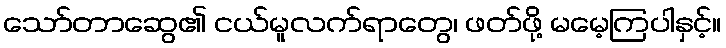
သော်တာဆွေ၏ ငယ်မူလက်ရာတွေ၊ ဖတ်ဖို့ မမေ့ကြပါနှင့်။